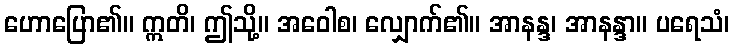
ဟောပြော၏။ ဣတိ၊ ဤသို့။ အဝေါစ၊ လျှောက်၏။ အာနန္ဒ၊ အာနန္ဒာ။ ပရေသံ၊